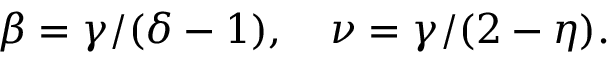
\beta = \gamma / ( \delta - 1 ) , \quad \nu = \gamma / ( 2 - \eta ) .